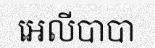
អេលីបាបា